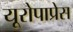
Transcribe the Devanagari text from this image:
यूरोपाप्रेस